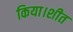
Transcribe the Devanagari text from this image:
किया।शीत